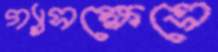
গ্যাসক্ষেত্রে